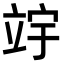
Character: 𫁢